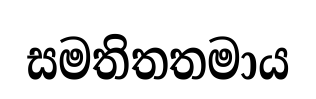
සමතිතතමාය